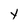
Character: Y